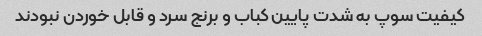
کیفیت سوپ به شدت پایین کباب و برنج سرد و قابل خوردن نبودند